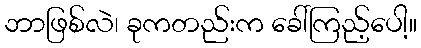
ဘာဖြစ်လဲ၊ ခုကတည်းက ခေါ်ကြည့်ပေါ့။